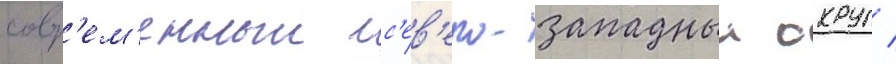
совр'ем'енныи с'ев'еро-западныи округ /